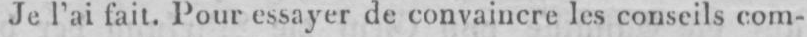
Je l’ai fait. Pour essayer de convaincre les conseils com-